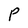
Character: P